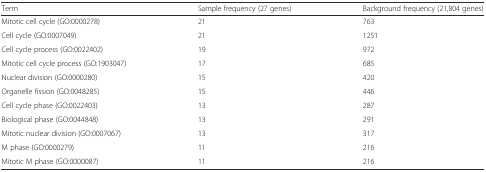
<table><thead><tr><td><b>Term</b></td><td><b>Sample frequency (27 genes)</b></td><td><b>Background frequency (21,804 genes)</b></td></tr></thead><tbody><tr><td>Mitotic cell cycle (GO:0000278)</td><td>21</td><td>763</td></tr><tr><td>Cell cycle (GO:0007049)</td><td>21</td><td>1251</td></tr><tr><td>Cell cycle process (GO:0022402)</td><td>19</td><td>972</td></tr><tr><td>Mitotic cell cycle process (GO:1903047)</td><td>17</td><td>685</td></tr><tr><td>Nuclear division (GO:0000280)</td><td>15</td><td>420</td></tr><tr><td>Organelle fission (GO:0048285)</td><td>15</td><td>446</td></tr><tr><td>Cell cycle phase (GO:0022403)</td><td>13</td><td>287</td></tr><tr><td>Biological phase (GO:0044848)</td><td>13</td><td>291</td></tr><tr><td>Mitotic nuclear division (GO:0007067)</td><td>13</td><td>317</td></tr><tr><td>M phase (GO:0000279)</td><td>11</td><td>216</td></tr><tr><td>Mitotic M phase (GO:0000087)</td><td>11</td><td>216</td></tr></tbody></table>